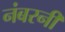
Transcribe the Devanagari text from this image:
नंबरनी